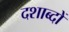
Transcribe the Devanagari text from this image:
दशाब्दों